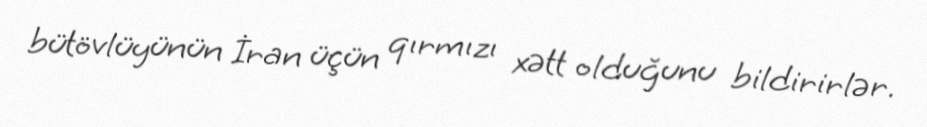
bütövlüyünün İran üçün qırmızı xətt olduğunu bildirirlər.